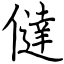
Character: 㒓